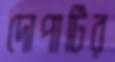
দোপাটির